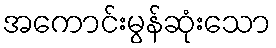
အကောင်းမွန်ဆုံးသော